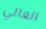
العالي